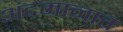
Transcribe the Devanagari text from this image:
अंदमानात